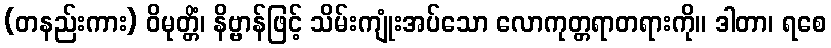
(တနည်းကား) ဝိမုတ္တိံ၊ နိဗ္ဗာန်ဖြင့် သိမ်းကျုံးအပ်သော လောကုတ္တရာတရားကို။ ဒါတာ၊ ရစေ